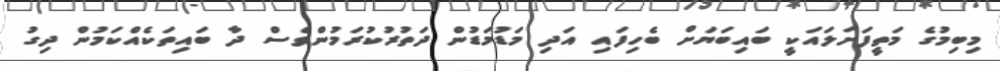
މިބިމުގެ މަތީފަށަލައަކީ ބައިބަޔަށް ބެހިފައި އަދި މަޑުމަޑުން ދަތުރުކުރަމުންވެސް ދާ ބައިތަކެއްކަމުން ދިގު